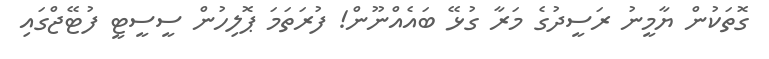
ގޮތަކުން ޔާމީނު ރަސީދުގެ މަރާ ގުޅޭ ބައެއްނޫން! ފުރަތަމަ ޕޮލިހުން ސީސީޓީ ފުޓޭޖްގައި